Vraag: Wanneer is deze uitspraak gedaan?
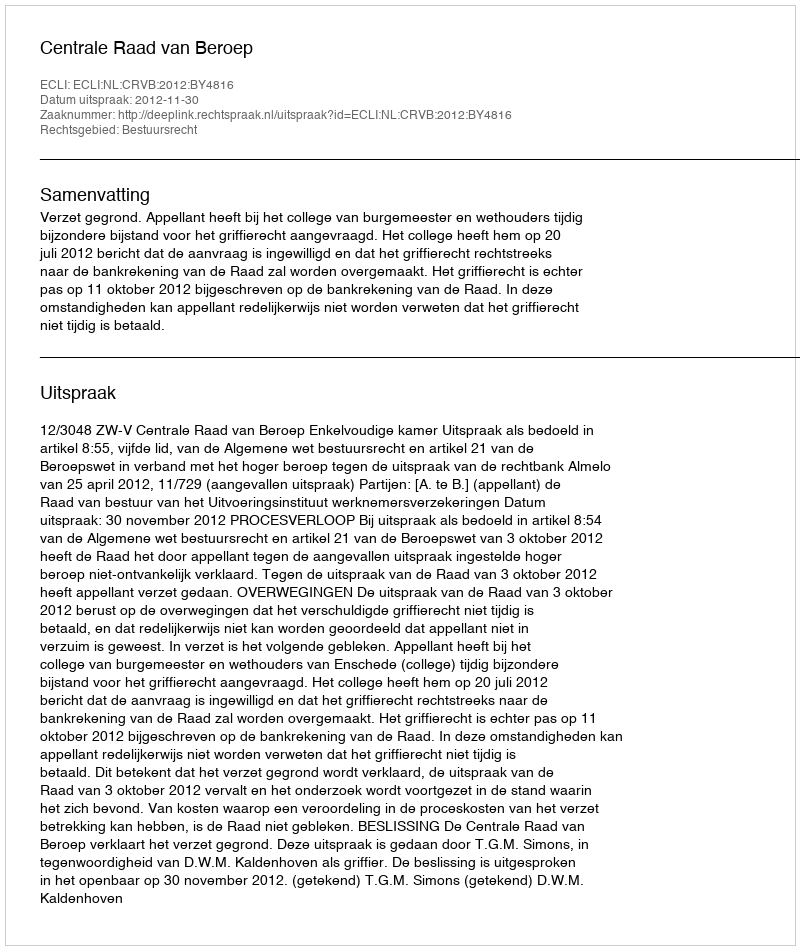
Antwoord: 2012-11-30